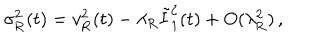
\sigma _ { \mathrm { R } } ^ { 2 } ( t ) = v _ { \mathrm { R } } ^ { 2 } ( t ) - \lambda _ { \mathrm { R } } \tilde { I } _ { 1 } ^ { \zeta } ( t ) + O ( \lambda _ { \mathrm { R } } ^ { 2 } ) \, ,